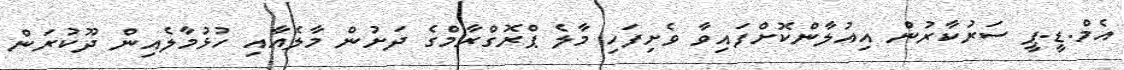
އެމް.ޑީ.ޕީ ސަރުކާރުން އިއުލާންކޮށްފައިވާ ވެށިފަހި މާލެ ޕްރޮގްރާމްގެ ދަށުން މާލެއާއި ހުޅުމާލެއިން ދޫކުރަން